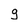
Character: g